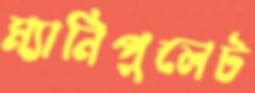
ম্যানিপুলেট